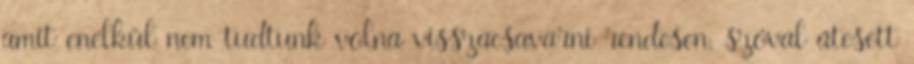
amit enélkül nem tudtunk volna visszacsavarni rendesen, szóval átesett